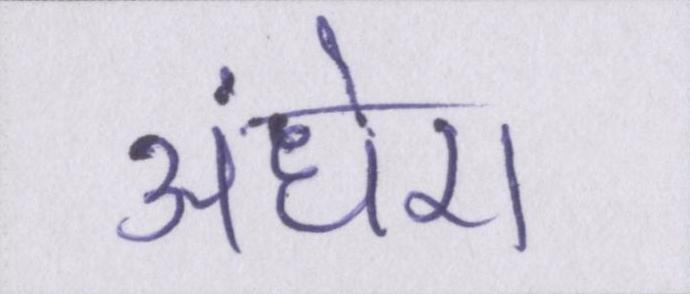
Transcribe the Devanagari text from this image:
अंधेरा